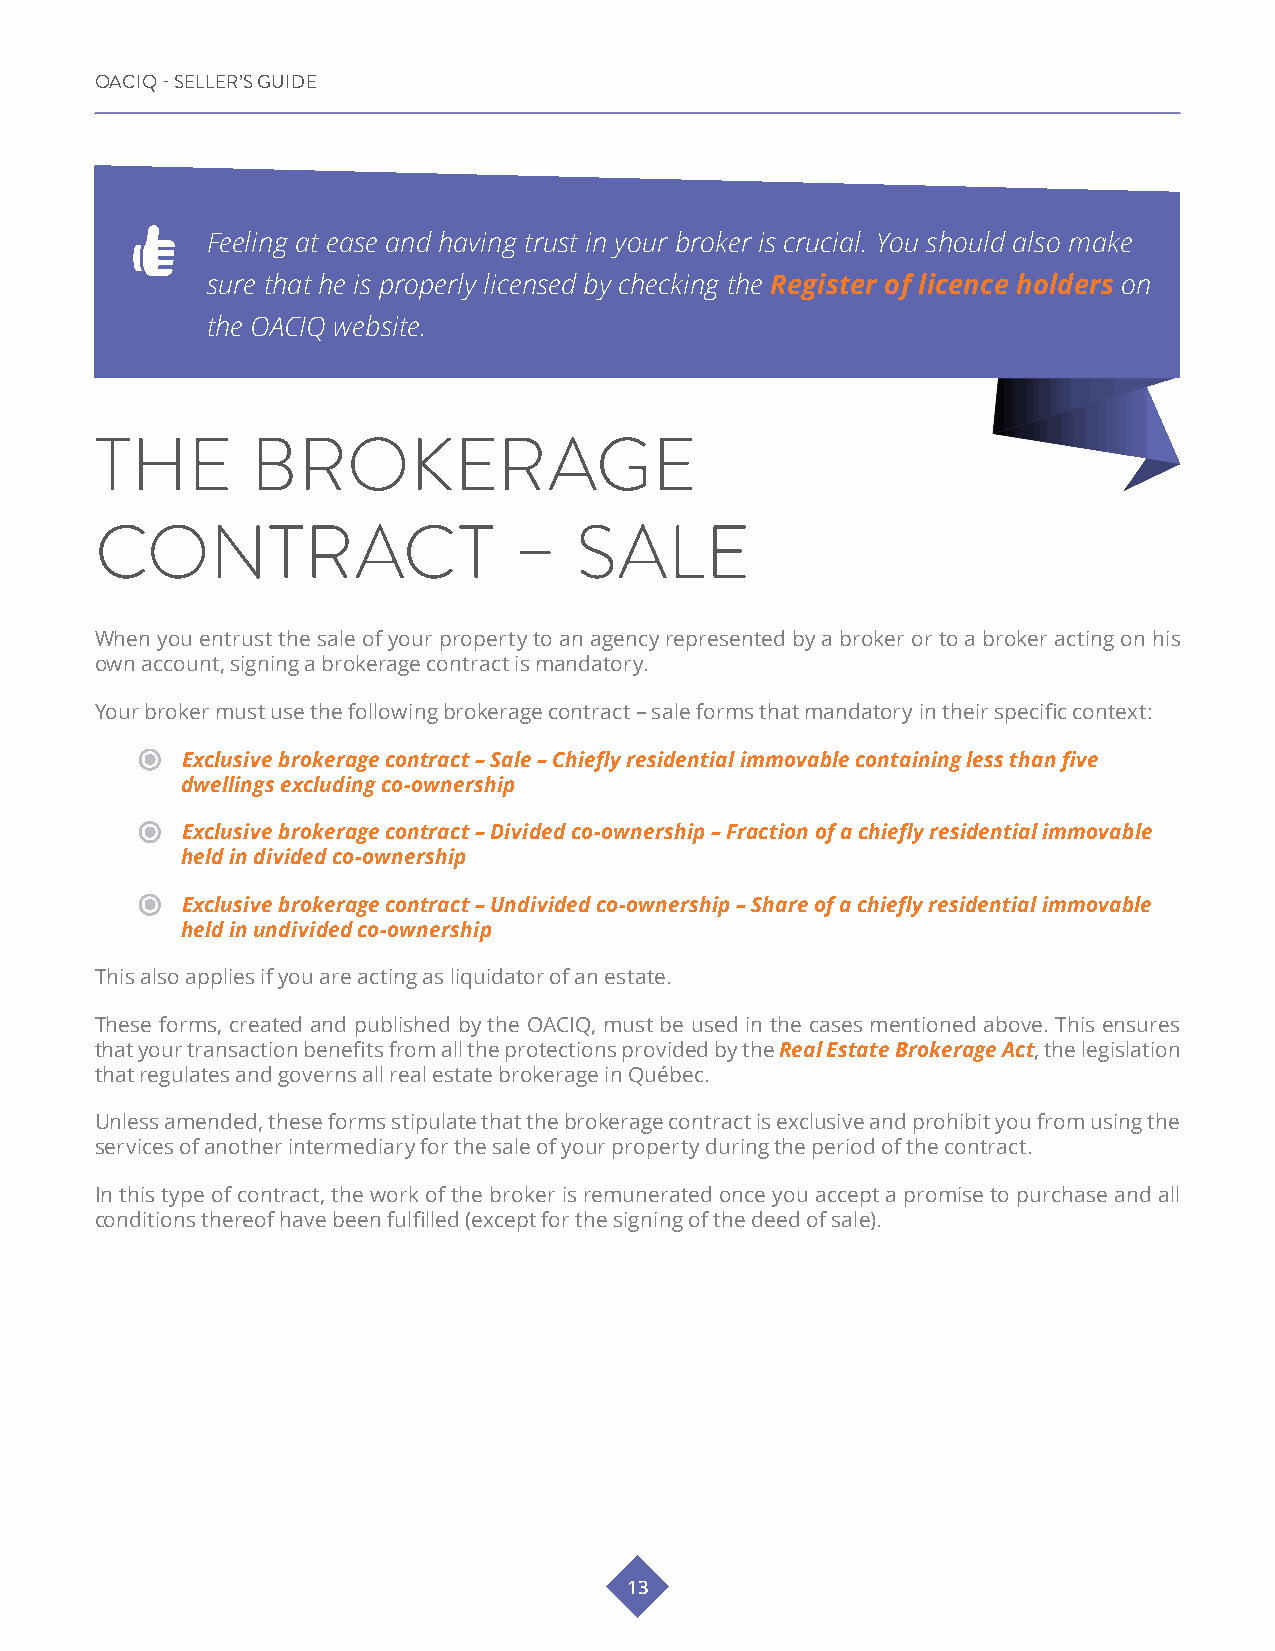
OACIQ - SELLER’S GUIDE
 Feeling at ease and having trust in your broker is crucial. You should also make
 sure that he is properly licensed by checking the Register of licence holders on
 the OACIQ website.
 THE        BROKERAGE
 CONTRACT                    –   SALE
 When you entrust the sale of your property to an agency represented by a broker or to a broker acting on his
 own account, signing a brokerage contract is mandatory.
 Your broker must use the following brokerage contract – sale forms that mandatory in their specific context:
 Exclusive brokerage contract – Sale – Chiefly residential immovable containing less than five
 dwellings excluding co-ownership
 Exclusive brokerage contract – Divided co-ownership – Fraction of a chiefly residential immovable
 held in divided co-ownership
 Exclusive brokerage contract – Undivided co-ownership – Share of a chiefly residential immovable
 held in undivided co-ownership
 This also applies if you are acting as liquidator of an estate.
 These forms, created and published by the OACIQ, must be used in the cases mentioned above. This ensures
 that your transaction benefits from all the protections provided by the Real Estate Brokerage Act, the legislation
 that regulates and governs all real estate brokerage in Québec.
 Unless amended, these forms stipulate that the brokerage contract is exclusive and prohibit you from using the
 services of another intermediary for the sale of your property during the period of the contract.
 In this type of contract, the work of the broker is remunerated once you accept a promise to purchase and all
 conditions thereof have been fulfilled (except for the signing of the deed of sale).
 13